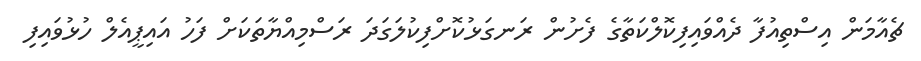
ޗެއާމަން އިސްތިއުފާ ދެއްވައިފިކޮލްކަތާގެ ފެށުން ރަނގަޅުކޮށްފިކުލަގަދަ ރަސްމިއްޔާތަކަށް ފަހު އައިޕީއެލް ހުޅުވައިފި